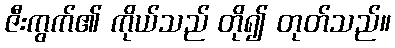
ဇီးကွက်၏ ကိုယ်သည် တို၍ တုတ်သည်။